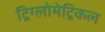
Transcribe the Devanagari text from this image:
ट्रिग्लोमेट्रिकल